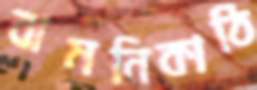
বামনিকাঠি